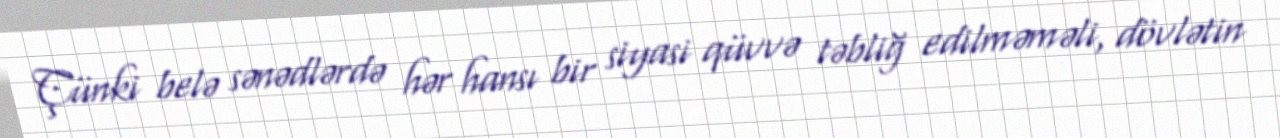
Çünki belə sənədlərdə hər hansı bir siyasi qüvvə təbliğ edilməməli, dövlətin